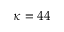
\kappa = 4 4